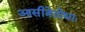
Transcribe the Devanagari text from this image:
आसीत्रेतोधाः